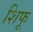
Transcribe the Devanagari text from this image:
शिफू